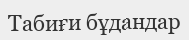
Табиғи бұдандар